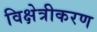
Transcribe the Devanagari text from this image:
विक्षेत्रीकरण